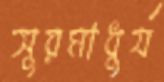
সুরমাধুর্য